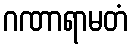
ဂဏာရာမတံ